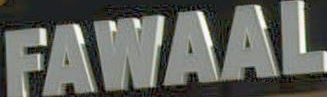
FAWAAL